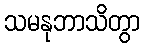
သမနုဘာသိတွာ